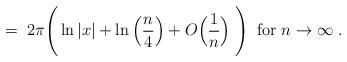
LaTeX: \begin{align*}= \;2\pi \Bigg( \ln|x| + \ln\Big(\frac{n}{4}\Big) + O\Big(\frac{1}{n}\Big)\; \Bigg) \; \;\mbox{for} \; n \rightarrow \infty \; .\end{align*}